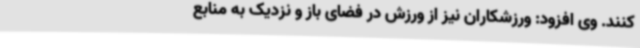
کنند. وی افزود: ورزشکاران نیز از ورزش در فضای باز و نزدیک به منابع